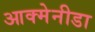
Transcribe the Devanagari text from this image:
आक्मेनीडा